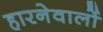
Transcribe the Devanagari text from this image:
हारनेवालों